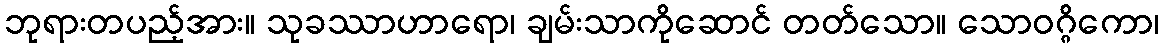
ဘုရားတပည့်အား။ သုခဿာဟာရော၊ ချမ်းသာကိုဆောင် တတ်သော။ သောဝဂ္ဂိကော၊